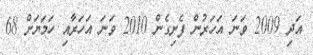
އަދި 2009 ވަނަ އަހަރުން ފެށިގެން 2010 ވަނަ އަހަރާއި ހަމަޔަށް 68